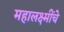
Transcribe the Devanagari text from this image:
महालक्ष्मींचे